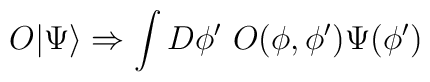
O | \Psi \rangle \Rightarrow \int D\phi^\prime~ O(\phi,\phi^\prime) \Psi(\phi^\prime)